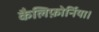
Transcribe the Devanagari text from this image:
कैलिफ़ोर्निया।